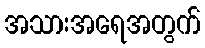
အသားအရေအတွက်